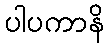
ပါပကာနိ